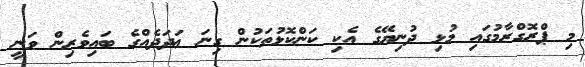
މި ޕްރޮގްރާމުގައި މުޅި ދުނިޔޭގެ އެކި ކަންކޮޅުތަކުން ގިނަ ޢަދަދެއްގެ ބައިވެރިން ވަނީ